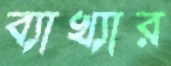
ব্যাখ্যার